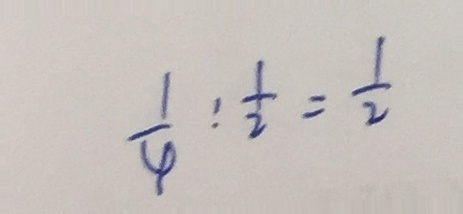
\frac { 1 } { 4 } : \frac { 1 } { 2 } = \frac { 1 } { 2 }